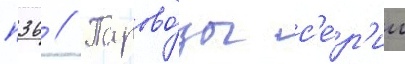
п36 // Парово́зы с'е́р'ии